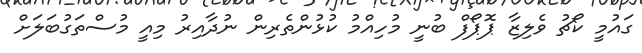
ގައުމީ ކޯޗު ވެލިޒާ ޕޮޕޯފް ބުނީ މުހިއްމު ކުޅުންތެރިން ނުދާއިރު މިއީ މުސްތަގުބަލަށް